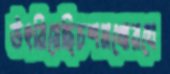
উৎরিয়েছিচশমখোরঘে